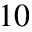
1 0